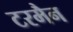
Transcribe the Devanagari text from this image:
टरमैन